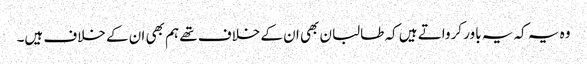
وہ یہ کہ یہ باور کرواتے ہیں کہ طالبان بھی ان کے خلاف تھے ہم بھی ان کے خلاف ہیں۔